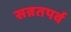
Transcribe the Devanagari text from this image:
सन्नतपर्व